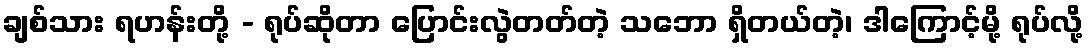
ချစ်သား ရဟန်းတို့ - ရုပ်ဆိုတာ ပြောင်းလွဲတတ်တဲ့ သဘော ရှိတယ်တဲ့၊ ဒါကြောင့်မို့ ရုပ်လို့